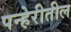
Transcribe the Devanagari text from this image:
पन्हेरीतील